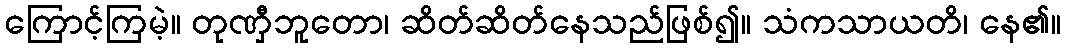
ကြောင့်ကြမဲ့။ တုဏှီဘူတော၊ ဆိတ်ဆိတ်နေသည်ဖြစ်၍။ သံကသာယတိ၊ နေ၏။